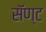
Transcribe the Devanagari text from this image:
सॅण्ट